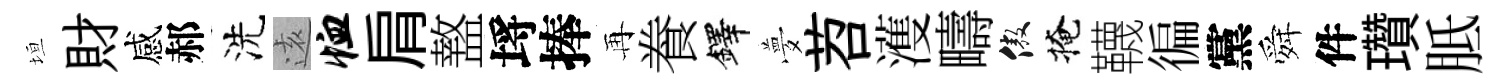
垣財感郝洗逺恤肩盩埓捧再飬鐸夢苕濩疇傲掩韈徧黨舜件瓚胝